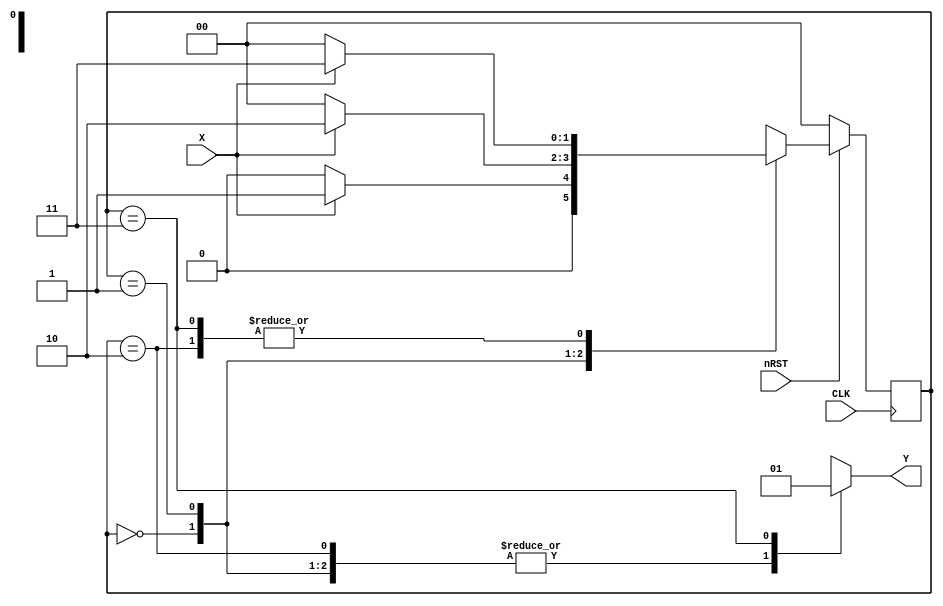
// This code is finite state machine. If state is S3(1, 1), then result is 1. Else is 0.
module temp(
    input CLK,
    input nRST,
    input X,
    output reg Y);

initial
    Y = 1'b0;

parameter s0 = 2'b00,
    s1 = 2'b01,
    s2 = 2'b10,
    s3 = 2'b11;

reg [1:0] state;
reg [1:0] next_state;

initial
begin
    state = 2'b00;
    next_state = 2'b00;
end

always @(posedge CLK)
    if (nRST)
        state <= next_state;
    else
        state <= s0;

always @(state)
begin
    Y = 1'b0;
    case(state)
        s0: Y = 1'b0;
        s1: Y = 1'b0;
        s2: Y = 1'b0;
        s3: Y = 1'b1;
    endcase
end

always @(state or X)
begin
    case (state)
        s0:if(X)
            next_state = s1;
            else
            next_state = s0;
        s1:if(X)
            next_state = s2;
            else
            next_state = s0;
        s2:if(X)
            next_state = s3;
            else
            next_state = s0;
        s3:if(X)
            next_state = s3;
            else
            next_state = s0;
        default: next_state = s0;
    endcase
end

endmodule


module Top;
reg CLK, nRST, X;
wire Y;
temp temp1(
    .CLK(CLK),
    .nRST(nRST),
    .X(X),
    .Y(Y));

initial
begin
nRST = 1'b0;
CLK = 1'b0;
X = 1'b0;
end

always
    #5 CLK = ~CLK;

initial
    #20 nRST = ~nRST;

initial
begin
#40 X = ~X;
#30 X = ~X;
#20 X = ~X;
#10 X = ~X;
#20 X = ~X;
#40 X = ~X;
end

endmodule